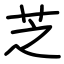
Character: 芝